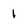
Character: 1